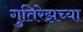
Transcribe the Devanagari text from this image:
गुतिरेझच्या